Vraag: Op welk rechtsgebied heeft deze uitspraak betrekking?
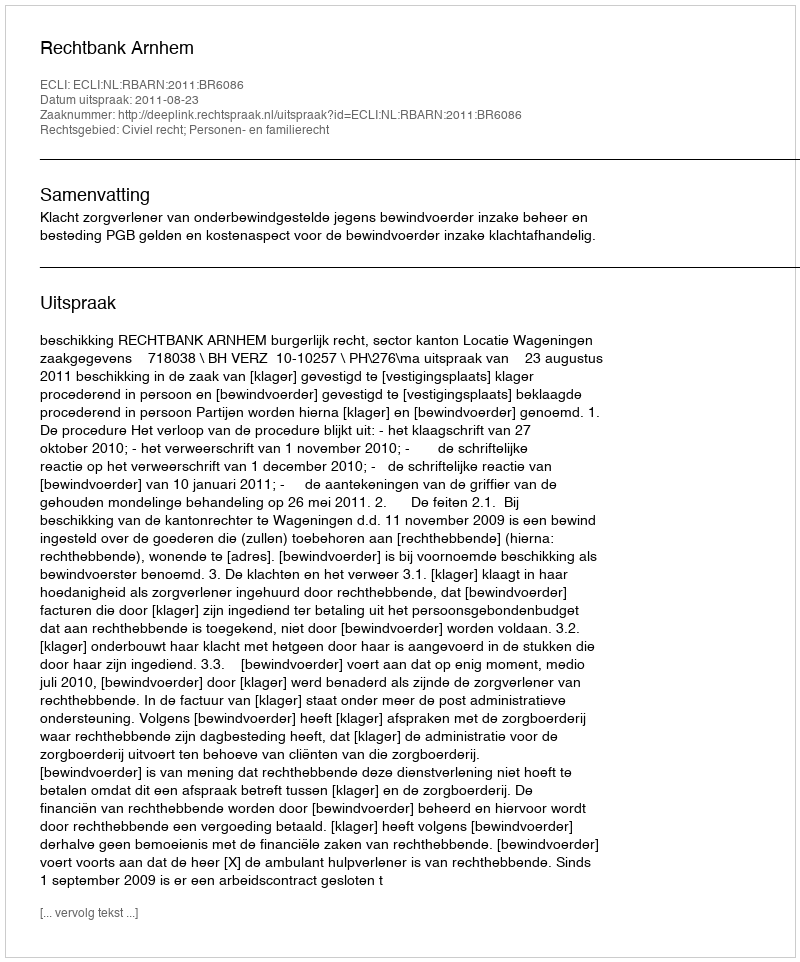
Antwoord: Civiel recht; Personen- en familierecht